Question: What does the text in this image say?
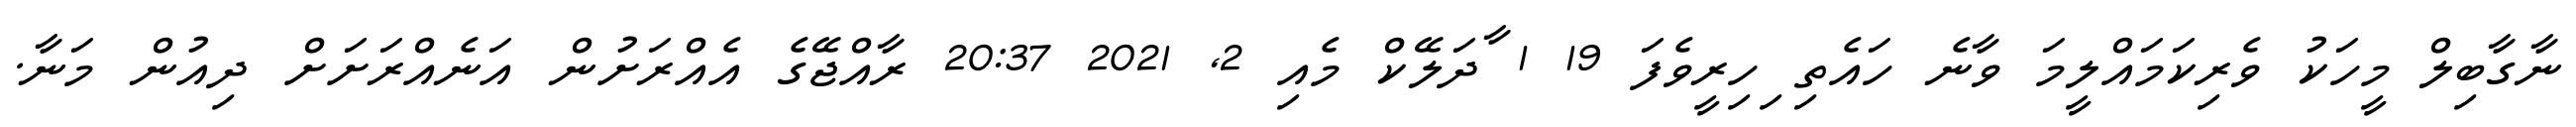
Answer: ނާގާބިލް މީހަކު ވެރިކަމައްލީމަ ވާނެ ހައެތި ިހިރީވެފަ 19 1 ާދަލޭކް މެއި 2, 2021 20:37 ރާއްޖޭގެ އެއްރަށުން އަނެއްރަށަށް ދިއުން މަނާ.